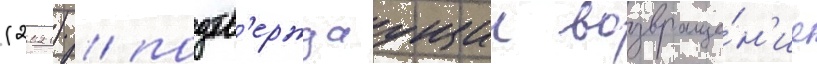
(2021) / подтв'ерждаущии возвраще́н'ие